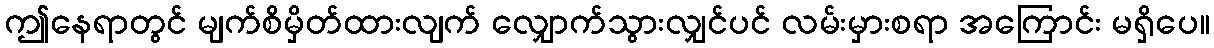
ဤနေရာတွင် မျက်စိမှိတ်ထားလျက် လျှောက်သွားလျှင်ပင် လမ်းမှားစရာ အကြောင်း မရှိပေ။